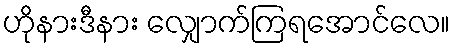
ဟိုနားဒီနား လျှောက်ကြရအောင်လေ။